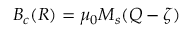
B _ { c } ( R ) = \mu _ { 0 } M _ { s } ( Q - \zeta )